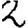
Digit: 2